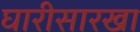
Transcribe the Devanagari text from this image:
घारीसारखा